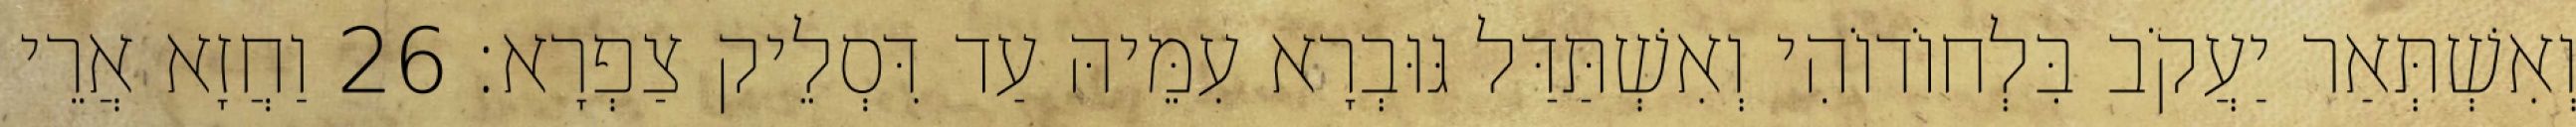
וְאִשְׁתְּאַר יַעֲקֹב בִּלְחוֹדוֹהִי וְאִשְׁתַּדַּל גּוּבְרָא עִמֵּיהּ עַד דִּסְלֵיק צַפְרָא׃ 26 וַחֲזָא אֲרֵי